Vaccination in Burma 1900-1911 - 1900-1911
Year: 1900
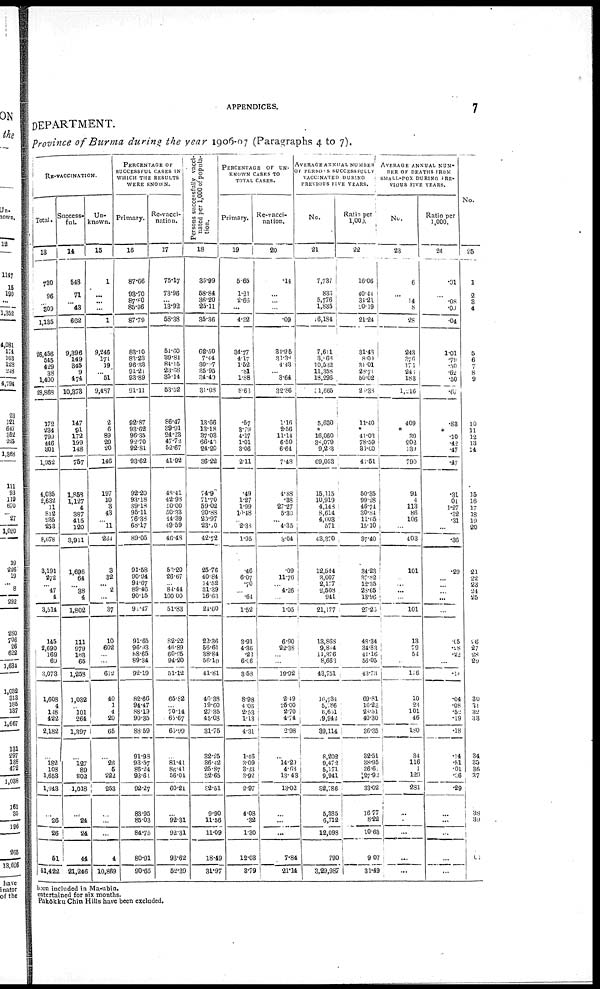
APPENDICES.
7
DEPARTMENT.
Province of Burma during the year 1906-07 (Paragraphs 4 to 7).
RE-VACCINATION.
Total.
13
730
96
...
309
1,135
26,456
545
429
38
1,400
28,868
172
234
799
446
301
1,952
4,035
2,632
11
812
935
253
8,678
3,191
272
...
47
4
3,514
145
2,690
169
69
3,073
1,608
4
148
422
2,182
...
182
108
1,658
1,943
...
26
26
51
51,422
Success-
ful.
14
548
71
...
43
662
9,396
149
345
9
474
10,373
147
91
172
199
148
757
1,858
1,127
4
387
415
120
3,911
1,696
64
...
38
4
1,802
111
979
103
65
1,258
1,032
...
101
264
1,397
...
127
89
802
1,018
...
24
24
44
21,246
Un-
known.
15
1
...
...
...
1
9,246
171
19
...
51
9,487
2
6
89
29
20
146
197
10
3
43
...
11
264
8
32
...
2
...
37
10
602
...
...
612
40
1
4
20
65
...
26
5
222
253
...
...
...
4
10,869
PERCENTAGE OF
SUCCESSFUL CASES IN
WHICH THE RESULTS
WERE KNOWN.
Primary.
16
87.66
98.70
87.80
85.96
87.79
83.10
83.23
96.33
91.21
93.89
91.11
92.87
93.62
96.35
92.70
92.81
93.62
92.20
93.18
89.18
95.11
76.38
68.17
89.05
91.58
90.94
91.67
89.46
90.15
91.47
91.65
96.93
88.65
89.34
92.19
82.66
94.47
38.19
90.35
88.59
91.93
93.57
86.24
93.61
92.27
83.95
85.03
84.75
80.91
90.65
Re-vacci-
nation.
17
75.17
73.96
...
13.92
58.38
51.60
39.81
84.15
23.68
35.14
53.52
86.47
39.91
24.28
47.72
52.67
41.92
48.41
42.98
90.00
50.33
14.39
49.59
46.48
52.20
26.67
...
84.44
100.00
51.83
82.22
46.89
60.95
94.20
51.12
65.82
...
70.14
65.67
63.99
...
81.41
86.41
56.04
60.24
...
92.31
92.31
93.62
52.39
P ersons successfully vacci-
nated per 1,000 of popula-
tion.
18
35.99
58.84
36.20
25.11
35.36
62.50
7.44
30.7
35.95
34.49
31.08
13.66
13.18
37.03
66.41
24.20
36.22
74.90
71.70
59.02
20.88
20.97
23.10
42.72
25.76
40.84
34.52
31.39
16.63
24.00
22.36
56.61
38.84
56.19
41.81
40.38
19.60
27.35
45.08
31.75
32.25
36.42
25.87
32.65
32.51
9.90
11.56
11.09
18.49
31.97
PERCENTAGE OF UN-
----- CASES TO
TOTAL CASES.
Primary.
19
5.65
1.21
2.63
...
4.32
34.77
4.17
1.52
.81
1.88
8.63
.57
3.79
4.17
1.01
3.06
2.11
.49
1.27
1.99
10.48
...
2.38
1.95
.46
6.07
.70
...
.64
1.52
3.91
4.36
.22
6.06
3.53
8.98
4.06
2.53
1.13
4.31
1.46
3.09
8.23
3.92
2.97
4.08
.32
1.30
12.08
3.79
Re-vacci-
nation.
20
.14
...
...
...
.09
31.95
31.38
4.43
...
3.64
32.86
1.16
2.56
11.14
6.50
6.64
7.48
4.88
.38
27.27
5.30
... 4.35
3.04
.09
11.76
...
4.26
...
1.05
6.90
22.38
...
...
19.92
2.49
25.00
2.70
4.74
2.98
...
14.29
4.63
13.43
13.02
...
...
...
7.84
21.14
AVERAGE ANNUAL NUMBER
OF PERSONS SUCCESSFULLY
VACCINATED UNKNOWN
PREVIOUS FIVE YEARS.
No.
21
7,737
836
5,776
1,835
16,184
7,611
3,068
10,532
11,358
18,296
1,665
5,680
.
16,060
38,079
9,203
69,053
15,115
10,919
4,148
8,614
4,003
571
43,370
12,544
3,007
2,177
2,503
941
21,177
13,868
9,814
11,376
8,663
43,751
16,734
5,786
6,651
9,942
39,114
8,202
9,472
5,171
9,941
32,786
5,385
6,712
12,098
790
3,29,987
Ratio per
1,000.
22
16.06
40.44
34.21
20.19
21.24
31.43
8.00
31.01
26.71
50.02
25.38
11.40
. 41.03
78.59
31.00
41.51
50.35
99.28
46.71
30.84
11.65
15.10
37.40
34.23
37.82
12.35
23.65
13.96
27.20
48.34
34.83
41.16
56.05
43.73
69.81
16.23
28.51
40.30
36.35
32.51
38.95
36.6
127.93
33.02
16.77
8.22
10.63
9.07
31.49
AVERAGE ANNUAL NUM.
BER OF DEATHS FROM
SMALL-POX DURING PRE-
----- FIVE YEARS.
No.
23
6
...
14
8
28
243
376
171
240
183
1,216
409
. 39
202
139
790
94
4
113
86
106
...
403
101
...
...
...
...
101
13
.78
51
...
116
10
23
101
46
180
34
116
1
1.29
281
...
...
...
...
...
Ratio per
1,000.
24
.01
...
.08
.09
.04
1.01
.79
.50
.62
.50
.67
.83
.
.10
.42
.47
.47
.31
04
1.27
.32
.31
...
.36
.29
...
...
...
...
...
.05
.28
.22
...
.1
.04
.08
.52
.19
.18
.14
.51
.01
.36
.29
...
...
...
...
...
No.
25
1
2
3
4
5
6
7 8 9
...
10
11
12
13
14
15
16
17
18
19
20
21
22
23
24
25
...
.6
27
.28
29
...
30
31
32
33
...
34
35
36
.37
...
38
39
...
...
been included in Ma-ubin.
entertained for six months.
Pakôkku Chin Hills have been excluded.